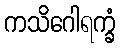
ကသိဂေါရက္ခံ